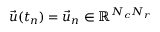
\vec { u } ( t _ { n } ) = \vec { u } _ { n } \in \mathbb { R } ^ { N _ { c } N _ { r } }